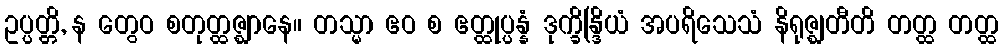
ဥပ္ပတ္တိ, န တွေဝ စတုတ္ထဇ္ဈာနေ။ တသ္မာ ဧဝ စ ဧတ္ထုပ္ပန္နံ ဒုက္ခိန္ဒြိယံ အပရိသေသံ နိရုဇ္ဈတီတိ တတ္ထ တတ္ထ